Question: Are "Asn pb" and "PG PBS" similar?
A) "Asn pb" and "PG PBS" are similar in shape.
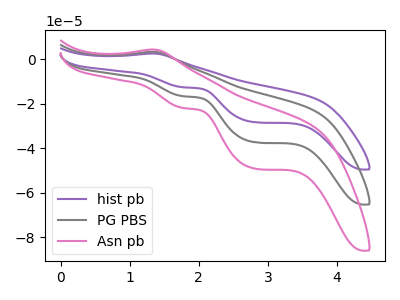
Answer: <think>The purple curve "hist pb" has an anodic peak at (1.30V, 6.50uA) and cathodic peaks at (1.80V, -33.40uA) (2.80V, -74.80uA). The gray curve "PG PBS" has an anodic peak at (1.30V, 3.25uA) and cathodic peaks at (1.80V, -16.70uA) (2.80V, -37.40uA). The pink curve "Asn pb" has an anodic peak at (1.30V, 4.25uA) and cathodic peaks at (1.80V, -22.00uA) (2.80V, -49.25uA).
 All the peaks in "Asn pb" have a peak in "PG PBS" at the same potential. Every peak in "Asn pb" is higher than every peak in "PG PBS".</think>
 <answer>A) "Asn pb" and "PG PBS" are similar in shape.</answer>
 <eval>A</eval>